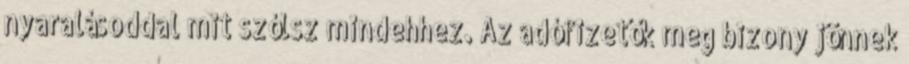
nyaralásoddal mit szólsz mindehhez. Az adófizetők meg bizony jönnek